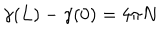
LaTeX: \gamma ( L ) - \gamma ( 0 ) = 4 \pi N